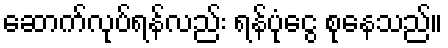
ဆောက်လုပ်ရန်လည်း ရန်ပုံငွေ စုနေသည်။